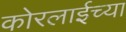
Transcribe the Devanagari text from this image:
कोरलाईच्या